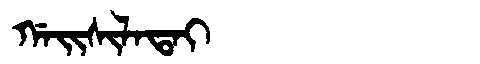
Manchu: ᡤᠠᡳᠰᡳᠯᠠᡨᠠᡳ
Romanization: GAISILATAI